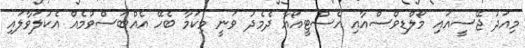
މިއަދު ޖޭސީއައި މޯލްޑިވްސްއާއި އެސްޓީއޯއާ ދެމެދު ވަނީ މިކަމާ ބެހޭ އެއްބަސްވުމެއް އެކުލަވާލައި